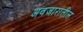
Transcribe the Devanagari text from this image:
अवजारातील